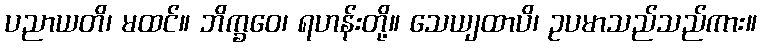
ပညာယတိ၊ မထင်။ ဘိက္ခဝေ၊ ရဟန်းတို့။ သေယျထာပိ၊ ဥပမာသည်သည်ကား။